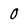
Character: 0